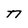
Character: n